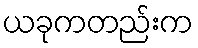
ယခုကတည်းက